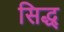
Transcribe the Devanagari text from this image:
सिद्ध्